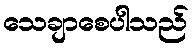
သေချာစေပါသည်